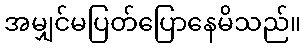
အမျှင်မပြတ်ပြောနေမိသည်။